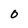
Character: 0